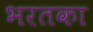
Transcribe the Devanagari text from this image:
भरतका